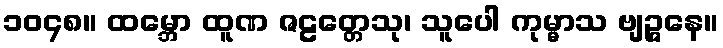
၁၀၄၈။ ထမ္ဘော ထူဏ ဇဠတ္တေသု၊ သူပေါ ကုမ္မာသ ဗျဉ္ဇနေ။